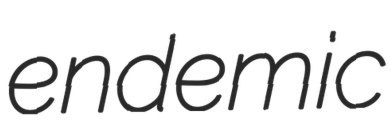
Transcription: endemic